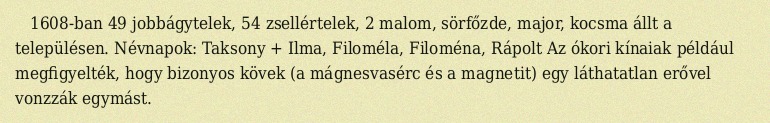
1608-ban 49 jobbágytelek, 54 zsellértelek, 2 malom, sörfőzde, major, kocsma állt a településen. Névnapok: Taksony + Ilma, Filoméla, Filoména, Rápolt Az ókori kínaiak például megfigyelték, hogy bizonyos kövek (a mágnesvasérc és a magnetit) egy láthatatlan erővel vonzzák egymást.